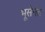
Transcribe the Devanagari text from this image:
भूसेनेत